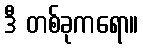
ဒီ တစ်ခုကရော။